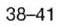
38-41